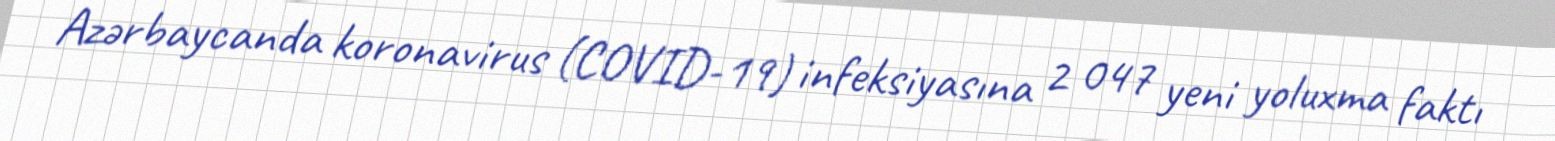
Azərbaycanda koronavirus (COVID-19) infeksiyasına 2 047 yeni yoluxma faktı